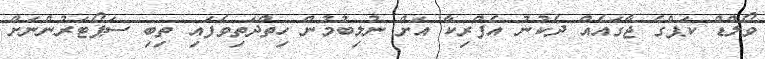
ވޯލްޑް ކަޕްގެ ޖާގައެއް ދެކުނު އެފްރިކާ އަށް ނުލިބުމުން ހިތްދަތިވެފައި ތިބި ސަޕޯޓަރުންނަށް